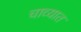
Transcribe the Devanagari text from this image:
चाव्यात